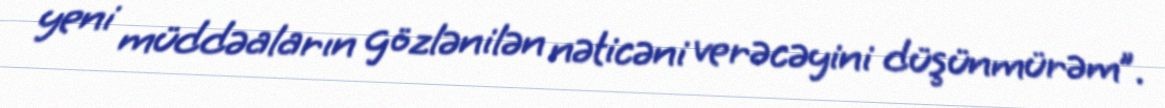
yeni müddəaların gözlənilən nəticəni verəcəyini düşünmürəm”.